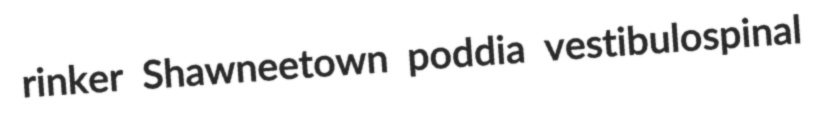
rinker Shawneetown poddia vestibulospinal